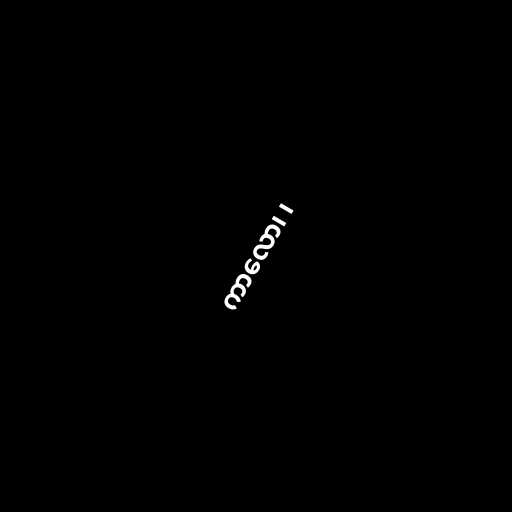
ကာလော၊ ၊